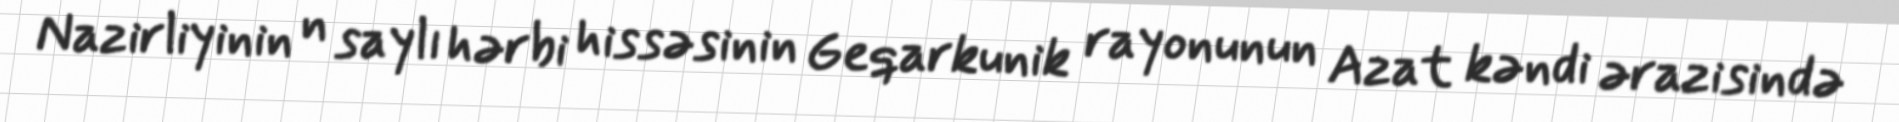
Nazirliyinin n saylı hərbi hissəsinin Geqarkunik rayonunun Azat kəndi ərazisində